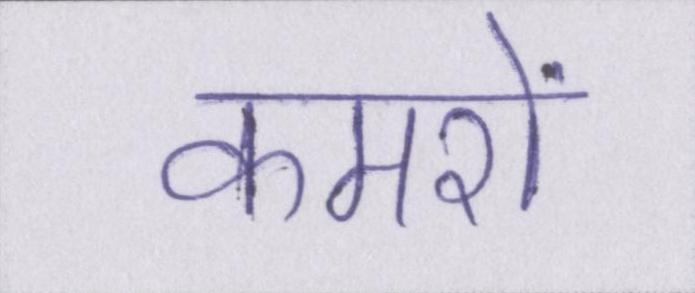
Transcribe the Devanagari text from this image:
कमरों